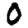
Digit: 0